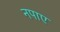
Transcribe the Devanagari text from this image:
नपाए